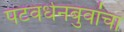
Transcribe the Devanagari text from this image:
पटवर्धनबुवांचा